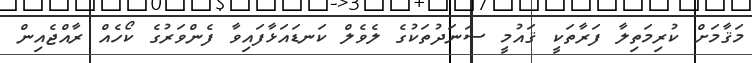
މަޤާމަށް ކުރިމަތިލާ ފަރާތަކީ ޤައުމީ ސަނަދުތަކުގެ ލެވެލް ކަނޑައަޅާފައިވާ ފެންވަރުގެ ކޯހެއް ރާއްޖެއިން